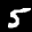
Label: 5